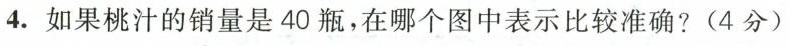
4.如果桃汁的销量是40瓶，在哪个图中表示比较准确?(4分)